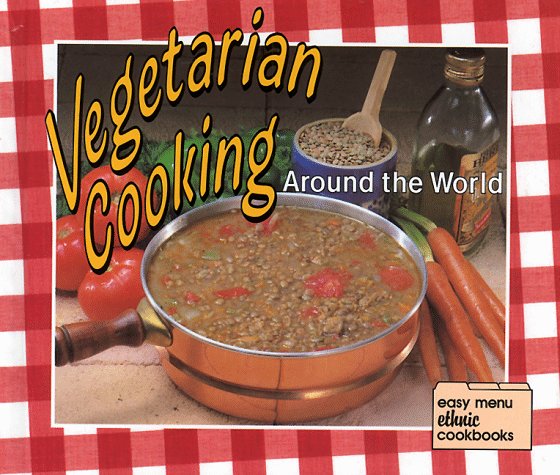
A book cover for Vegetarian Cooking Around the World (Easy Menu Ethnic Cookbooks); Robert L. Wolfe; Teen & Young Adult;